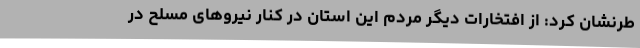
طرنشان کرد: از افتخارات دیگر مردم این استان در کنار نیروهای مسلح در